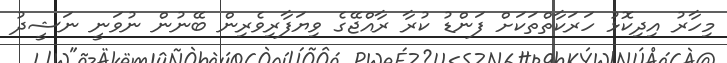
މިހާރު އިދިކޮޅު ހަރަކާތްތަކަށް ފަންޑު ކުރާ ރާއްޖޭގެ ވިޔަފާރިވެރިން ބޭނުން ނުވަނީ ނަޝީދު